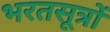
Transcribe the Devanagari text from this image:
भरतसूत्रों